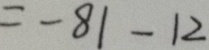
= - 8 1 - 1 2